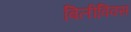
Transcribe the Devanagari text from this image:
बिलीविक्स